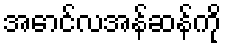
အောင်လအန်ဆန်ကို